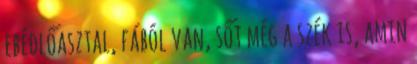
ebédlőasztal, fából van, sőt még a szék is, amin